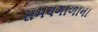
સમયગાળાના